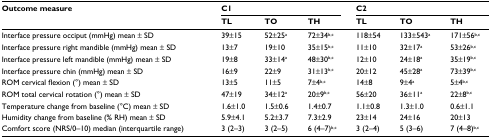
<table><thead><tr><td rowspan="2"><b>Outcome measure</b></td><td colspan="3"><b>C1</b></td><td colspan="3"><b>C2</b></td></tr><tr><td><b>TL</b></td><td><b>TO</b></td><td><b>TH</b></td><td><b>TL</b></td><td><b>TO</b></td><td><b>TH</b></td></tr></thead><tbody><tr><td>Interface pressure occiput (mmHg) mean ± SD</td><td>39±15</td><td>52±25a</td><td>72±34b,c</td><td>118±54</td><td>133±543a</td><td>171±56b,c</td></tr><tr><td>Interface pressure right mandible (mmHg) mean ± SD</td><td>13±7</td><td>19±10</td><td>35±15b,c</td><td>11±10</td><td>32±17a</td><td>53±26b,c</td></tr><tr><td>Interface pressure left mandible (mmHg) mean ± SD</td><td>19±8</td><td>33±14a</td><td>48±30b,c</td><td>12±10</td><td>24±18a</td><td>35±19b,c</td></tr><tr><td>Interface pressure chin (mmHg) mean ± SD</td><td>16±9</td><td>22±9</td><td>31±13b,c</td><td>20±12</td><td>45±28a</td><td>73±39b,c</td></tr><tr><td>ROM cervical flexion (°) mean ± SD</td><td>13±5</td><td>11±5</td><td>7±4b,c</td><td>14±8</td><td>9±4a</td><td>5±4b,c</td></tr><tr><td>ROM total cervical rotation (°) mean ± SD</td><td>47±19</td><td>34±12a</td><td>20±9b,c</td><td>56±20</td><td>36±11a</td><td>22±8b,c</td></tr><tr><td>Temperature change from baseline (°C) mean ± SD</td><td>1.6±1.0</td><td>1.5±0.6</td><td>1.4±0.7</td><td>1.1±0.8</td><td>1.3±1.0</td><td>0.6±1.1</td></tr><tr><td>Humidity change from baseline (% RH) mean ± SD</td><td>5.9±4.1</td><td>5.2±3.7</td><td>7.3±2.9</td><td>23±14</td><td>24±16</td><td>20±13</td></tr><tr><td>Comfort score (NRS/0–10) median (interquartile range)</td><td>3 (2–3)</td><td>3 (2–5)</td><td>6 (4–7)b,c</td><td>3 (2–4)</td><td>5 (3–6)</td><td>7 (4–8)b,c</td></tr></tbody></table>